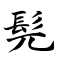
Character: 髡